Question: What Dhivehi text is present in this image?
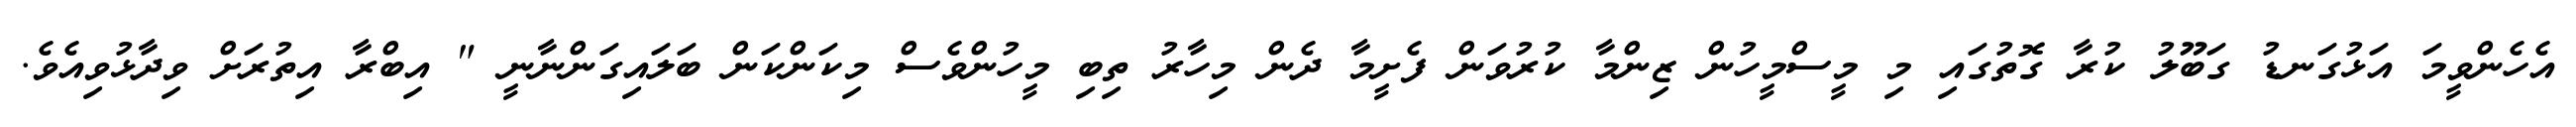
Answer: އެހެންވީމަ އަޅުގަނޑު ގަބޫލު ކުރާ ގޮތުގައި މި މީސްމީހުން ޒިންމާ ކުރުވަން ފެށީމާ ދެން މިހާރު ތިބި މީހުންވެސް މިކަންކަން ބަލައިގަންނާނީ " އިބްރާ އިތުރަށް ވިދާޅުވިއެވެ.